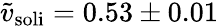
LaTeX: \tilde{v}_{\mathrm{soli}}=0.53\pm 0.01